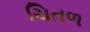
ચિતળ